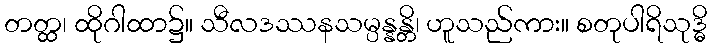
တတ္ထ၊ ထိုဂါထာ၌။ သီလဒဿနသမ္ပန္နန္တိ၊ ဟူသည်ကား။ စတုပါရိသုဒ္ဓိ